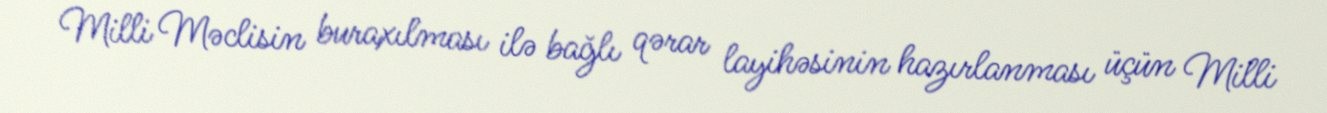
Milli Məclisin buraxılması ilə bağlı qərar layihəsinin hazırlanması üçün Milli